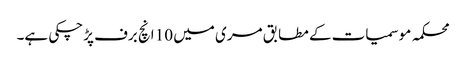
محکمہ موسمیات کے مطابق مری میں 10 انچ برف پڑچکی ہے۔